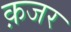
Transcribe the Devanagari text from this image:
क़जर